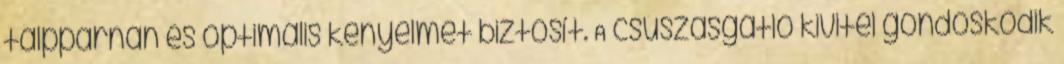
talppárnán és optimális kényelmet biztosít. A csúszásgátló kivitel gondoskodik